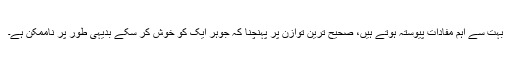
بہت سے اہم مفادات پیوستہ ہوتے ہیں، صحیح ترین توازن پر پہنچنا کہ جوہر ایک کو خوش کر سکے بدیہی طور پر ناممکن ہے۔